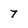
Character: 7